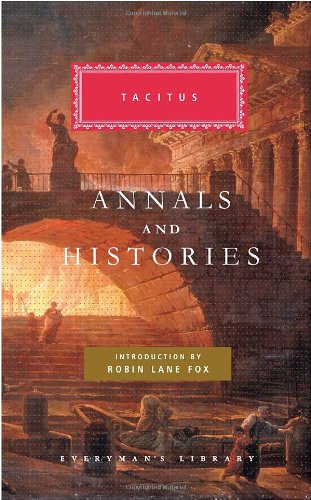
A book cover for Annals and Histories (Everyman's Library); Tacitus; History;